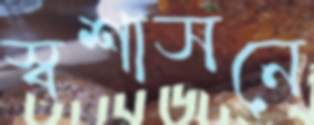
স্বশাসনে